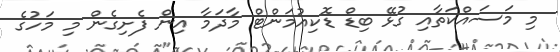
މި މަސައްކަތާއި ގުޅޭ ބިޑް ޑޮކިއުމަންޓް މާދަމާ އިން ފެށިގެން މި މަހުގެ